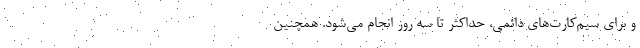
و برای سیم‌کارت‌های دائمی، حداکثر تا سه روز انجام می‌شود. همچنین